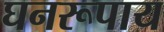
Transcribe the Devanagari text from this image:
घनरूपाय